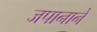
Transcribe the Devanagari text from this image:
जपानाने